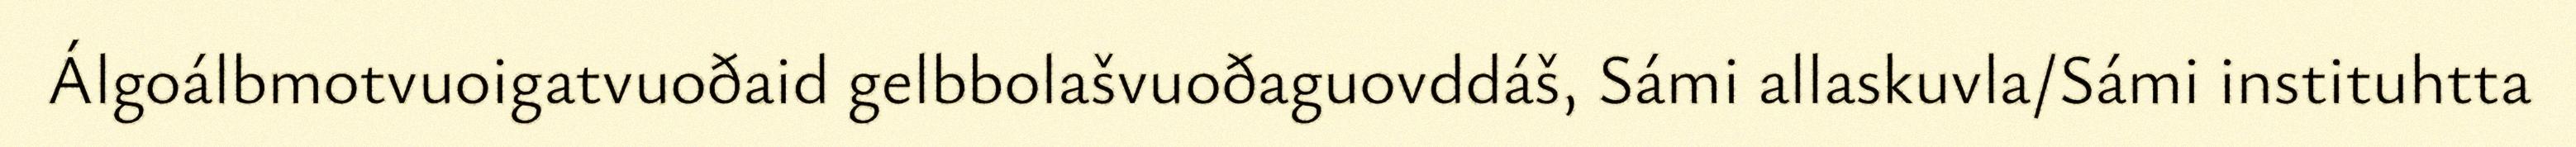
Álgoálbmotvuoigatvuoðaid gelbbolašvuoðaguovddáš, Sámi allaskuvla/Sámi instituhtta